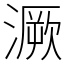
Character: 㵐